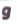
و